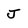
Character: J